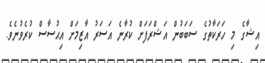
އިޝާގެ މި ހަރަކާތުގެ ސަބަބުން އަޝްރަފަށް ކުރާނެ އަސަރު އާޒިމަށް އިޙުސާސް ކުރެވުނެވެ.